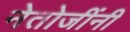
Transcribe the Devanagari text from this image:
नेतोजींनी